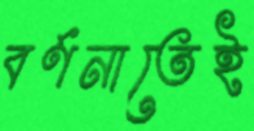
বর্ণনাতেই